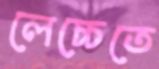
লেচ্চেতে